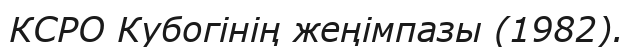
КСРО Кубогінің жеңімпазы (1982).